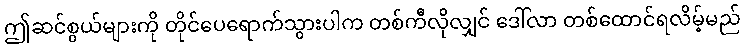
ဤဆင်စွယ်များကို တိုင်ပေရောက်သွားပါက တစ်ကီလိုလျှင် ဒေါ်လာ တစ်ထောင်ရလိမ့်မည်